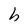
Character: h